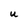
Character: U